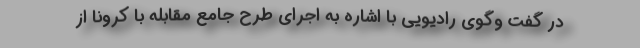
در گفت وگوی رادیویی با اشاره به اجرای طرح جامع مقابله با کرونا از